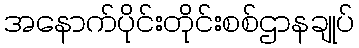
အနောက်ပိုင်းတိုင်းစစ်ဌာနချုပ်